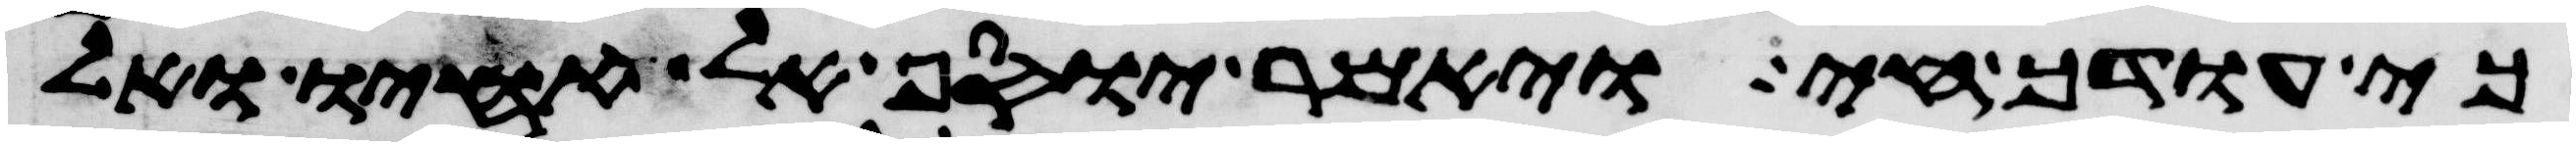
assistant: כי עודך חי ויאמר יוסף אל אחיו ואל